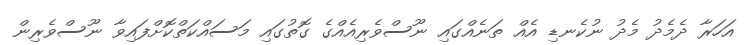
އަހަރާ ދެމެދު މެދު ނުކެނޑި އެއް ތަނެއްގައި ނޫސްވެރިއެއްގެ ގޮތުގައި މަސައްކަތްކޮށްފައިވާ ނޫސްވެރިން